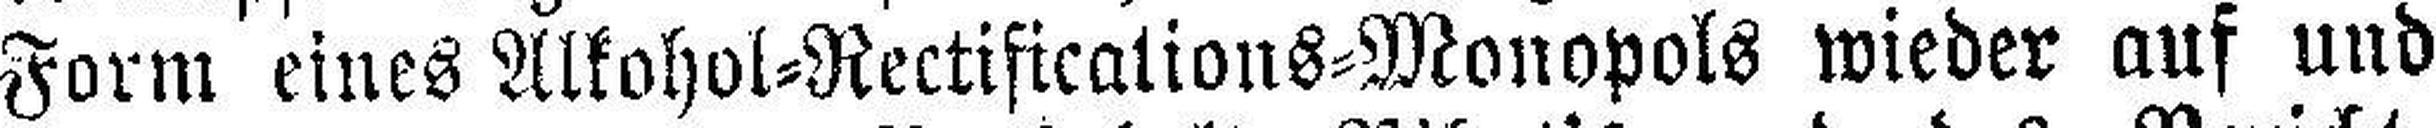
Form eines Alkohol=Rectifications=Monopols wieder auf und